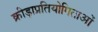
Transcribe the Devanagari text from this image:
क्रीड़ाप्रतियोगिताओं